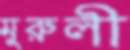
মুরুলী